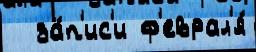
  за́п'ис'и ф'еврал'я́